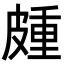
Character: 𭽰